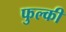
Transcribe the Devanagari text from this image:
फुल्‍की